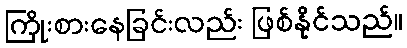
ကြိုးစားနေခြင်းလည်း ဖြစ်နိုင်သည်။